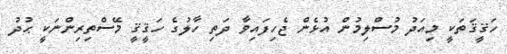
ހަޤީޤަތަކީ މިއަދު މުސްލިމުން އުޅެން ޖެހިފައިވާ ދަތި ހާލުގެ ހަޤީޤީ މޭސްތިރިންނަކީ ޙުދު